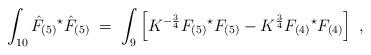
LaTeX: \begin{align*}\int_{10 }\hat{F}_{(5)}{}^{\star}\hat{F}_{(5)} \;=\; \int_{9}\left[K^{-\frac{3}{4}} F_{(5)}{}^{\star}F_{(5)} -K^{\frac{3}{4}}F_{(4)}{}^{\star}F_{(4)}\right] \; ,\end{align*}